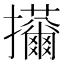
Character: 𢺊